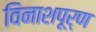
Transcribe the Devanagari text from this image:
विनाशपूर्ण